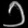
Digit: ၁